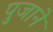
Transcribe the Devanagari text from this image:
पुजाने